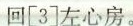
回[3]左心房。